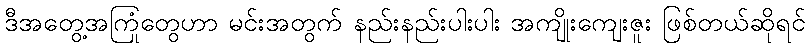
ဒီအတွေ့အကြုံတွေဟာ မင်းအတွက် နည်းနည်းပါးပါး အကျိုးကျေးဇူး ဖြစ်တယ်ဆိုရင်